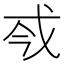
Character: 𢦟